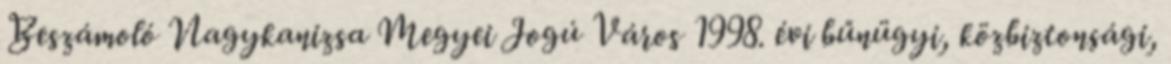
Beszámoló Nagykanizsa Megyei Jogú Város 1998. évi bűnügyi, közbiztonsági,